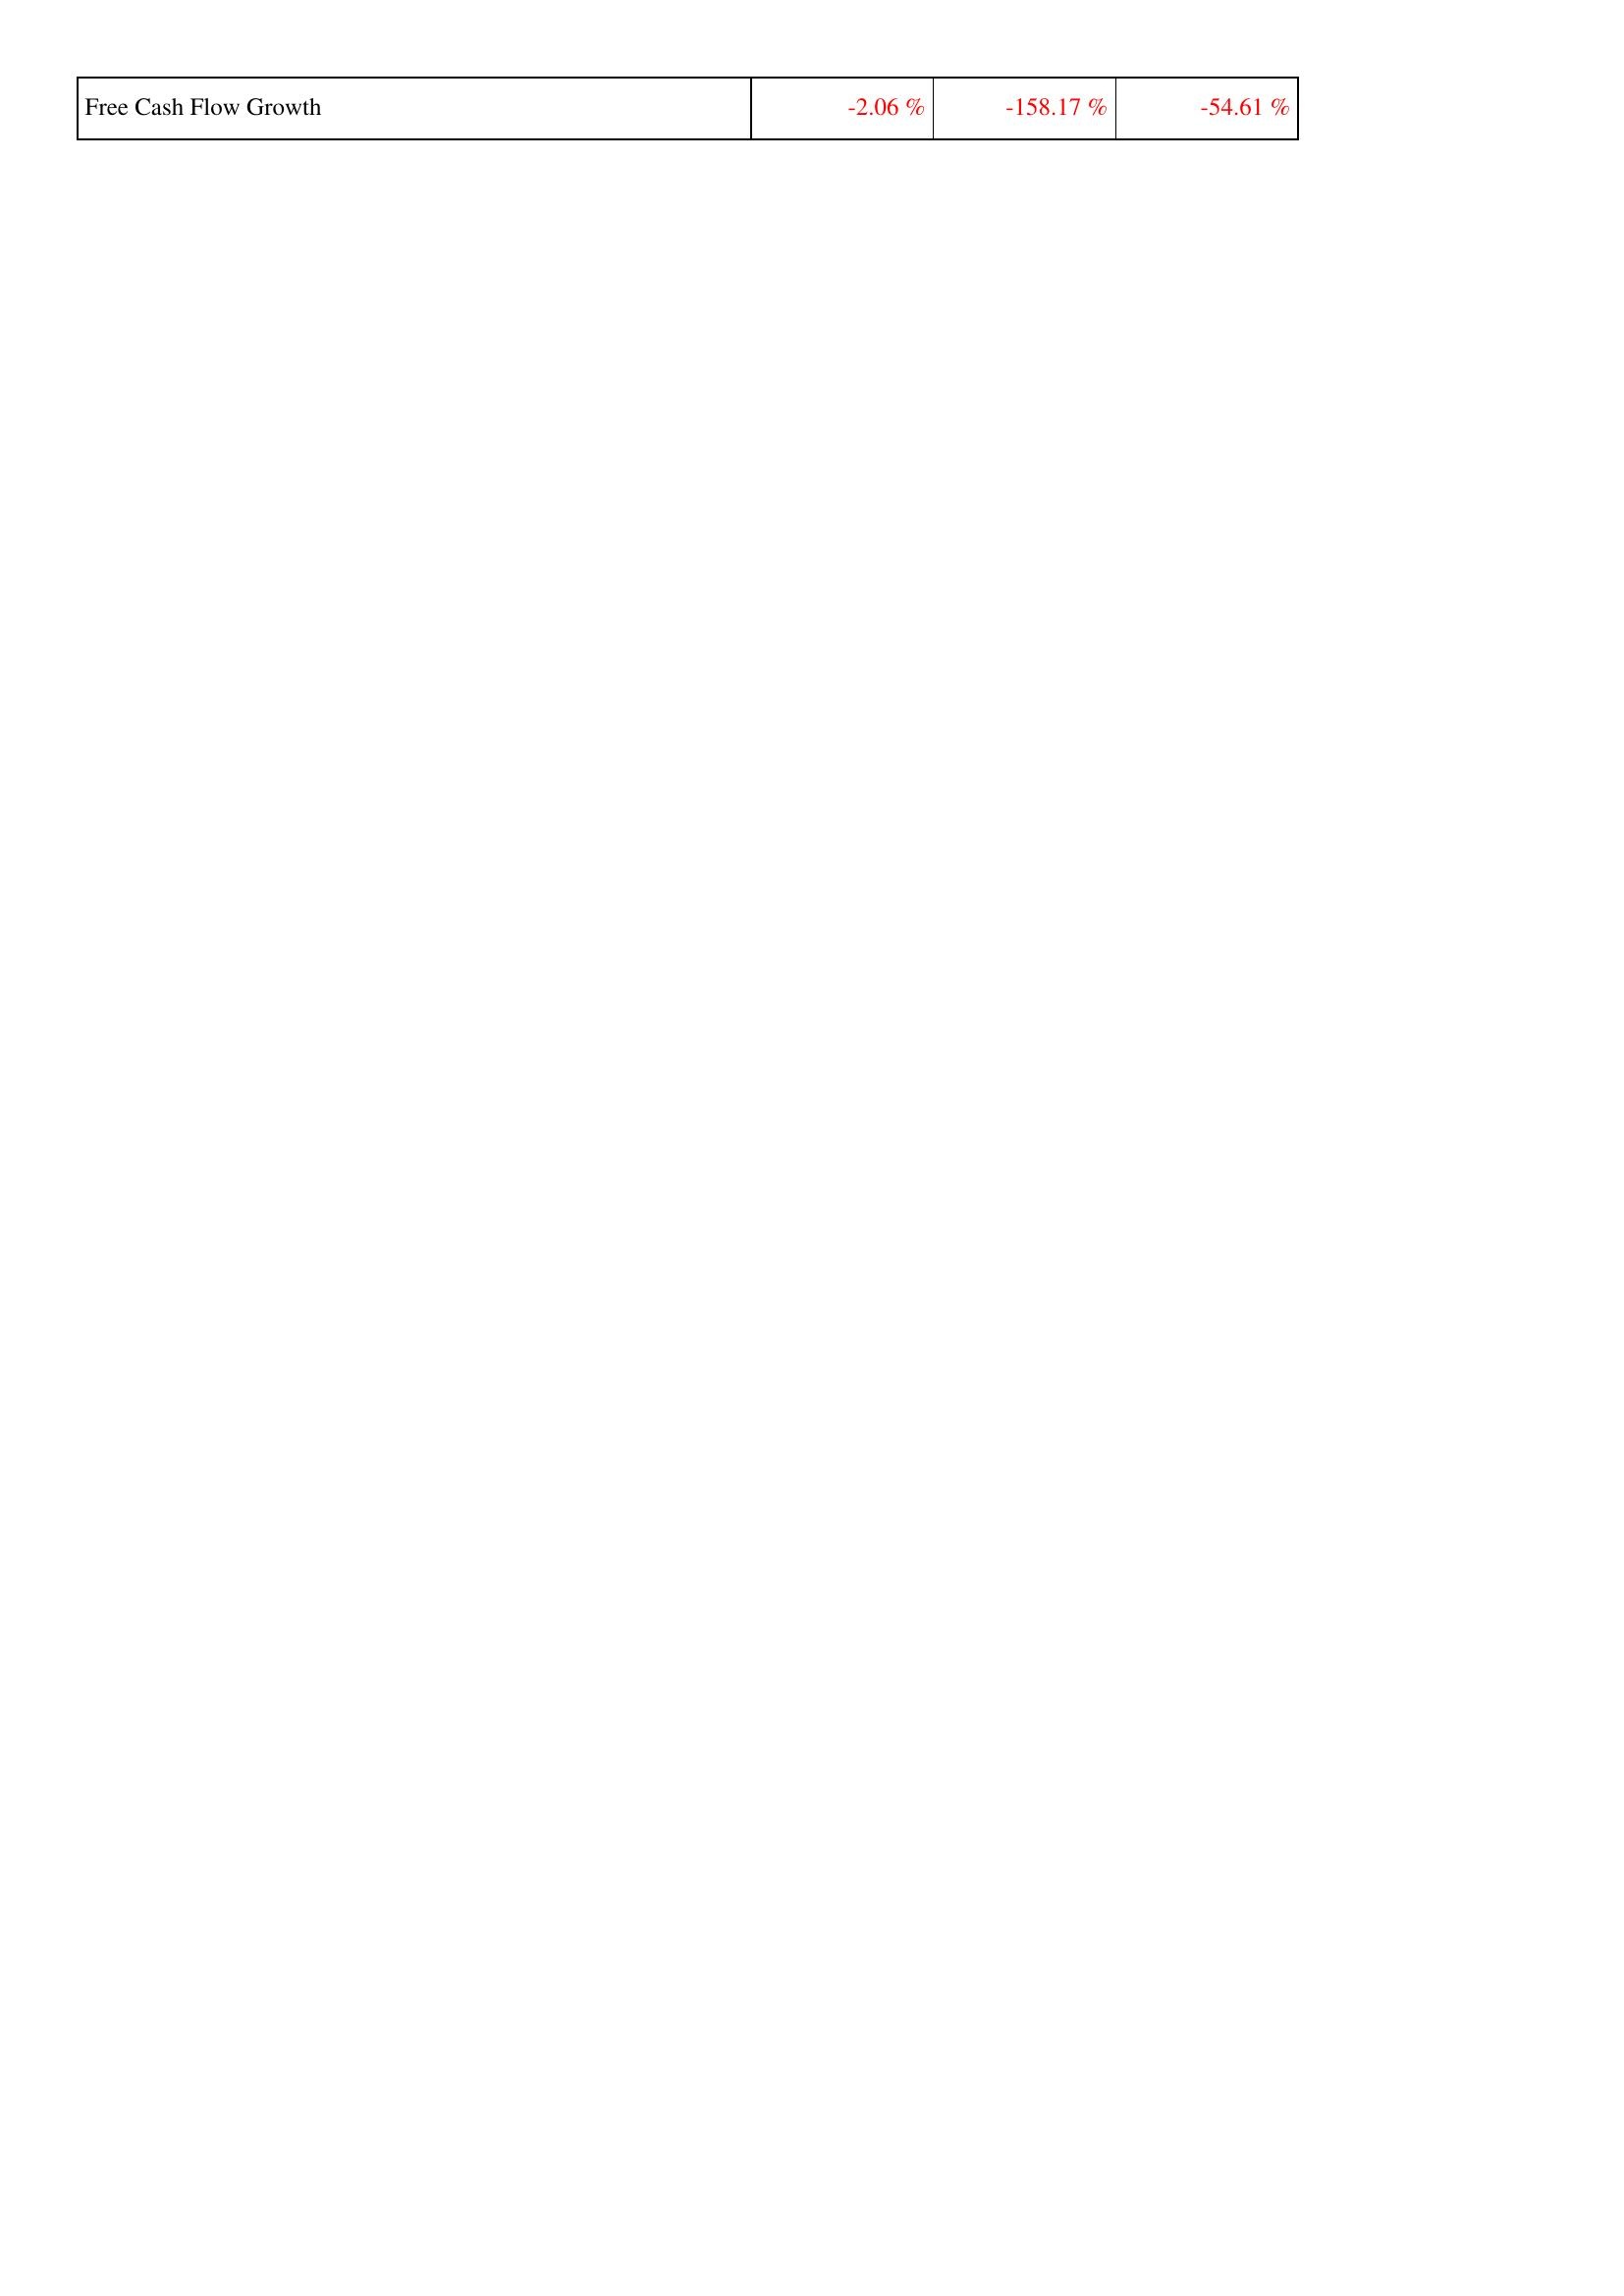
2019: Financing Activities: Free Cash Flow Growth: -2.06 %
2020: Financing Activities: Free Cash Flow Growth: -158.17 %
2021: Financing Activities: Free Cash Flow Growth: -54.61 %